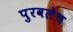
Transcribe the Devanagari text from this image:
पुरवलेच